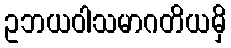
ဥဘယဝါသမာဂတိယမှိ